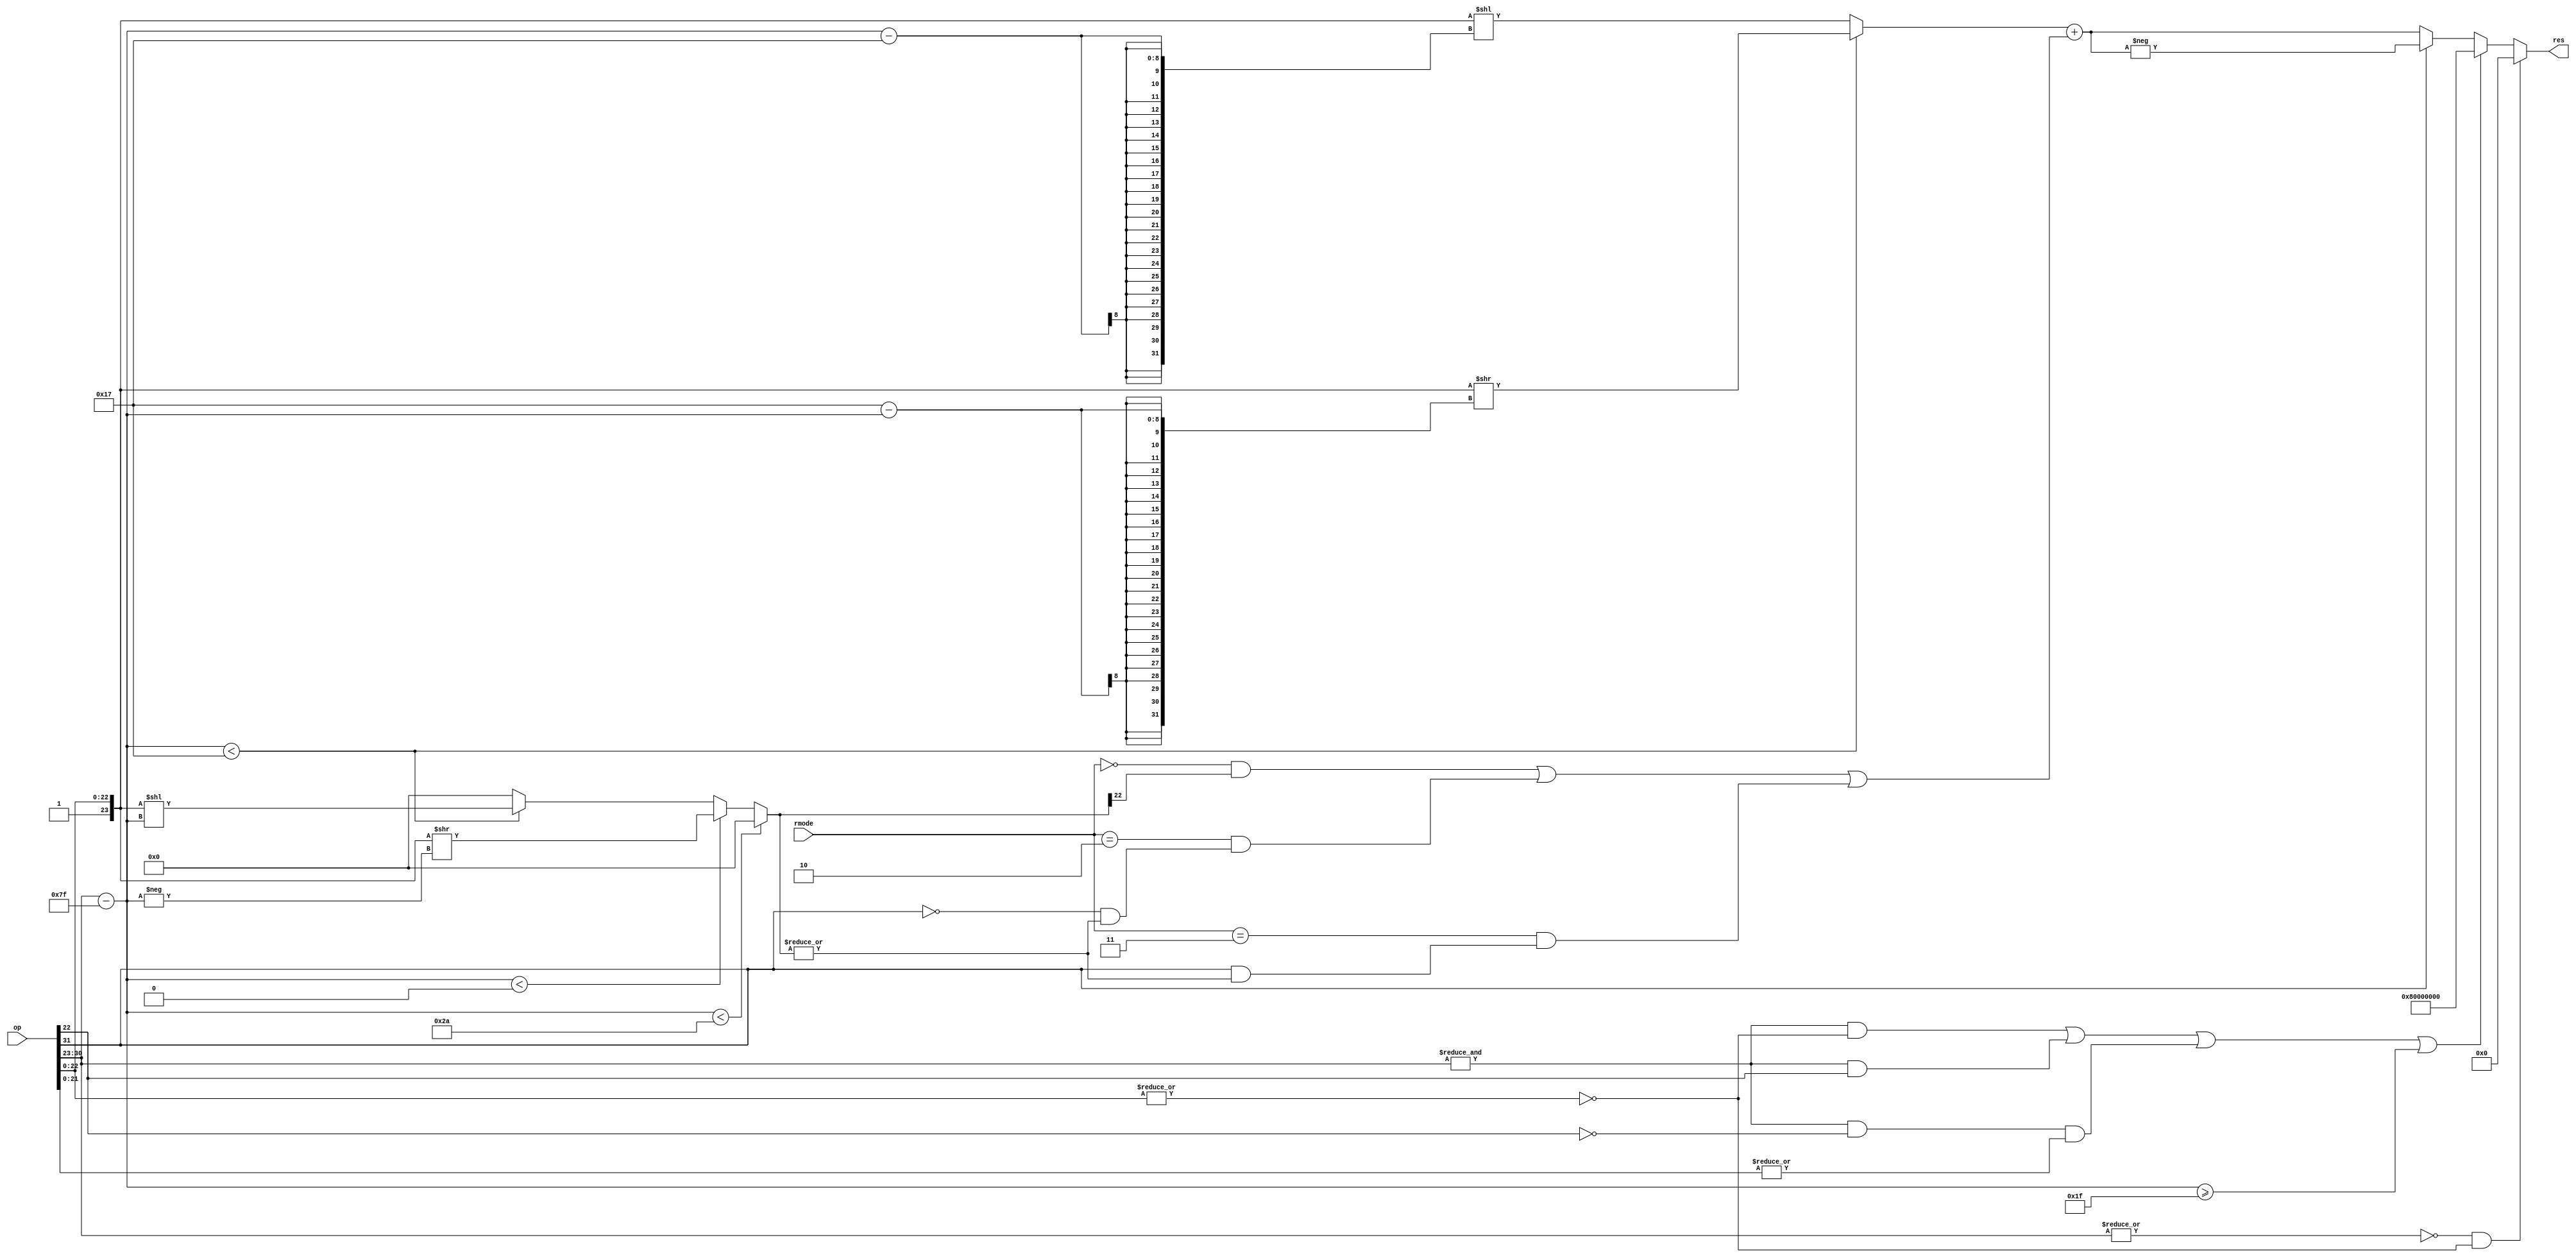

// Converts 32-bit float to signed 32-bit int.

// Rounding Modes (rmode):
// =======================
// 
// 0 = round_nearest_even
// 1 = round_to_zero
// 2 = round_up
// 3 = round_down

module float_to_int(
    input wire [31:0] op,
    input wire [1:0] rmode,
    output wire [31:0] res);

// Physical parts.
wire [7:0] exp_part = op[30:23];
wire [22:0] fract_part = op[22:0];
wire sign = op[31];

// Logical parts.
wire [31:0] significand = { 8'h0, 1'b1, fract_part };
wire signed [7:0] exponent = exp_part - 8'd127;

// Detect special cases.
wire exp_part_all_on = &exp_part;
wire exp_part_all_off = !(|exp_part);
wire fract_part_all_off = !(|fract_part);

wire is_inf = exp_part_all_on & fract_part_all_off;
wire is_qnan = exp_part_all_on & fract_part[22];
wire is_snan = exp_part_all_on & !fract_part[22] & |fract_part[21:0];
wire is_zero = exp_part_all_off & fract_part_all_off;

wire [22:0] fractional_part /* verilog public */ =
            (exponent < -22) ? 23'd0 :
            (exponent < 0) ? (significand >> -exponent) :
            (exponent < 23) ? (significand << exponent) :
            23'd0;

wire lsbs_are_nonzero /* verilog public */ = |fractional_part;
wire lsbsmsb_is_nonzero /* verilog public */ = fractional_part[22];

// 0 = round_nearest_even
// 1 = round_to_zero
// 2 = round_up
// 3 = round_down
// RTZ: as exists - disregard least significant bits
// RDN: if negative and least significant bits != 0, shifted += 1
// RUP: if positive and least significant bits != 0, shifted += 1
// RNE: if most significant bit of the least significant bits is 1, shifted += 1

wire rounding_add /* verilog public */ =
    ((rmode == 0) && lsbsmsb_is_nonzero) ||
    ((rmode == 2) && !sign & lsbs_are_nonzero) ||
    ((rmode == 3) && sign & lsbs_are_nonzero);

// Partially processed.
wire [31:0] shifted = (exponent < 23
            ? significand >> (23 - exponent)
            : significand << (exponent - 23)) + rounding_add;

wire overflow = exponent >= 31; // Would shift into the sign bit.

assign res = is_zero ? 32'h0
        : is_inf | is_qnan | is_snan | overflow ? 32'h80000000
        : sign ? -shifted
        : shifted;

endmodule